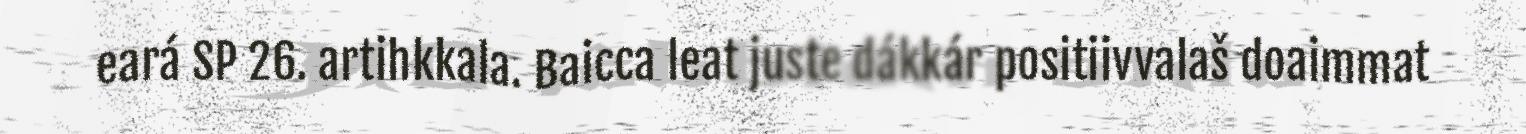
eará SP 26. artihkkala. Baicca leat juste dákkár positiivvalaš doaimmat